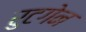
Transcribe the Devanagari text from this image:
रुटगेन